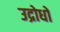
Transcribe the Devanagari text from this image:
उद्रोधों